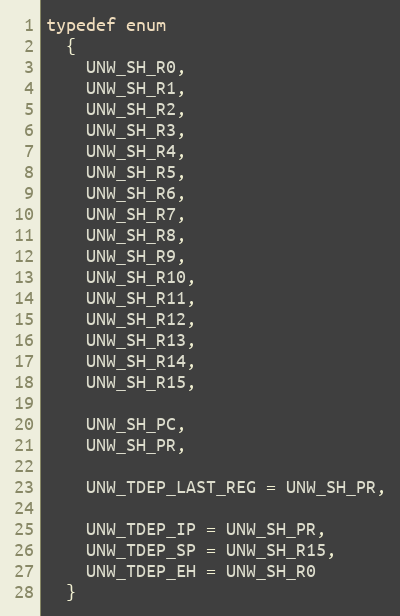
Language: C
typedef enum
  {
    UNW_SH_R0,
    UNW_SH_R1,
    UNW_SH_R2,
    UNW_SH_R3,
    UNW_SH_R4,
    UNW_SH_R5,
    UNW_SH_R6,
    UNW_SH_R7,
    UNW_SH_R8,
    UNW_SH_R9,
    UNW_SH_R10,
    UNW_SH_R11,
    UNW_SH_R12,
    UNW_SH_R13,
    UNW_SH_R14,
    UNW_SH_R15,

    UNW_SH_PC,
    UNW_SH_PR,

    UNW_TDEP_LAST_REG = UNW_SH_PR,

    UNW_TDEP_IP = UNW_SH_PR,
    UNW_TDEP_SP = UNW_SH_R15,
    UNW_TDEP_EH = UNW_SH_R0
  }